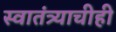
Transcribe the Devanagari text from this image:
स्वातंत्र्याचीही